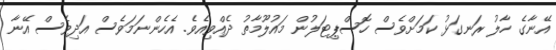
އޭނާގެ ހާލު ރަނގަޅު ކަމަށްވެސް ހޮސްޕިޓަލުން މައުލޫމާތު ދެއްވިއެވެ. އެހެންނަމަވެސް އަދިވެސް އޭނާ